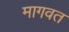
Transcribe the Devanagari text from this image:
मागवत